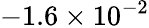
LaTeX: -1.6\times 10^{-2}